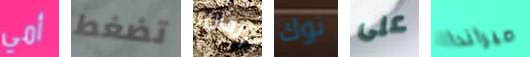
أمي تضغط الخان نوك على ميراندا